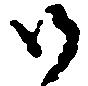
御